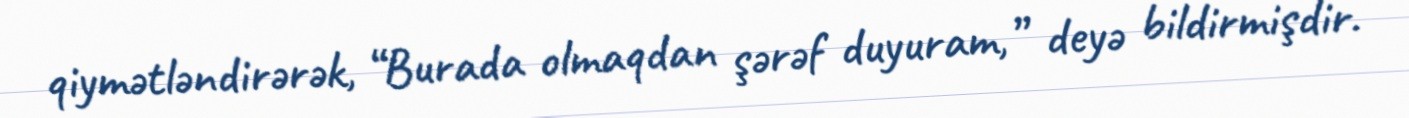
qiymətləndirərək, “Burada olmaqdan şərəf duyuram,” deyə bildirmişdir.